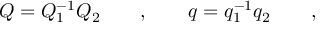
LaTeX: Q = Q _ { 1 } ^ { - 1 } Q _ { 2 } \qquad , \qquad q = q _ { 1 } ^ { - 1 } q _ { 2 } \qquad ,